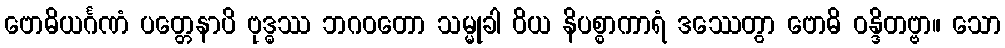
ဗောဓိယင်္ဂဏံ ပတ္တေနာပိ ဗုဒ္ဓဿ ဘဂဝတော သမ္မုခါ ဝိယ နိပစ္စာကာရံ ဒဿေတွာ ဗောဓိ ဝန္ဒိတဗ္ဗာ။ သော